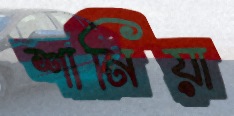
শানিয়া